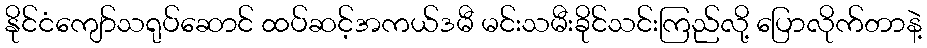
နိုင်ငံကျော်သရုပ်ဆောင် ထပ်ဆင့်အကယ်ဒမီ မင်းသမီးခိုင်သင်းကြည်လို့ ပြောလိုက်တာနဲ့